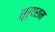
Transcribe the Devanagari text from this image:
सूर्यराम